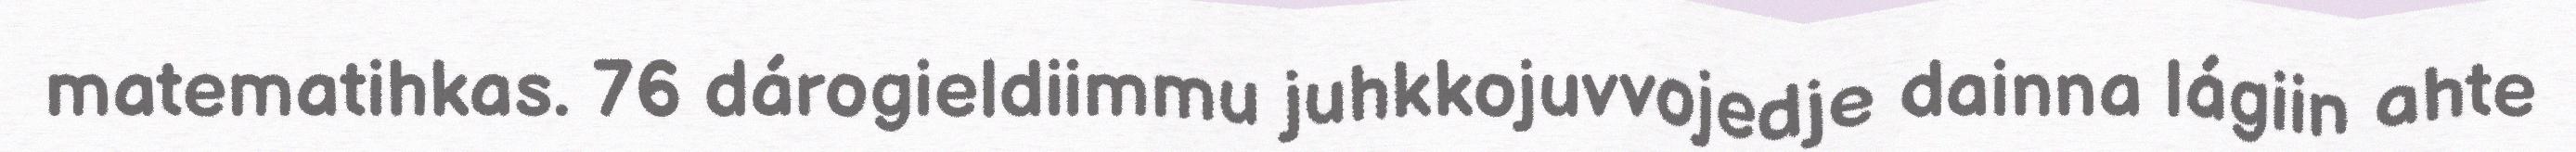
matematihkas. 76 dárogieldiimmu juhkkojuvvojedje dainna lágiin ahte